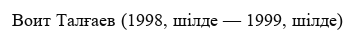
Воит Талғаев (1998, шілде — 1999, шілде)